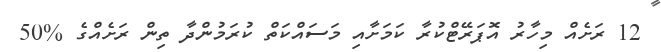
12 ރަށެއް މިހާރު އޮޕަރޭޓްކުރާ ކަމަށާއި މަސައްކަތް ކުރަމުންދާ ތިން ރަށެއްގެ %50